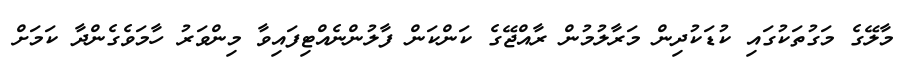
މާލޭގެ މަގުތަކުގައި ކުޑަކުދިން މަރާލުމުން ރާއްޖޭގެ ކަންކަން ފާލުންނެއްޓިފައިވާ މިންވަރު ހާމަވެގެންދާ ކަމަށް